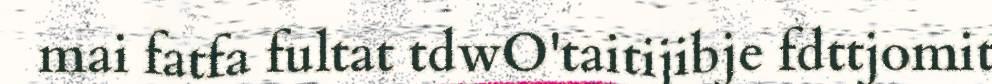
mai fatfa fultat tdwO'taitijibje fdttjomit